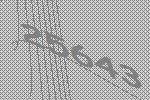
25643